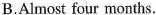
B.Almost four months.